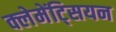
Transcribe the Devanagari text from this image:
क्लेमेंट्सियन